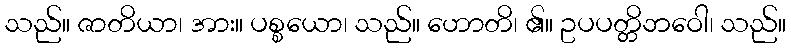
သည်။ ဇာတိယာ၊ အား။ ပစ္စယော၊ သည်။ ဟောတိ၊ ၏။ ဥပပတ္တိဘဝေါ၊ သည်။